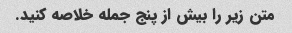
متن زیر را بیش از پنج جمله خلاصه کنید.